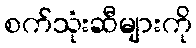
စက်သုံးဆီများကို